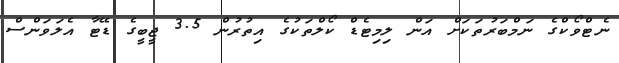
ނެޓްވޯކްގެ ނަމްބަރުތަަކަށް އަން ލިމިޓެޑް ކޯލްތަަކުގެ އިތުރުން 3.5 ޖީބީގެ ޑޭޓާ އެލަވަންސް